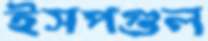
ইসপগুল